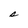
Character: s